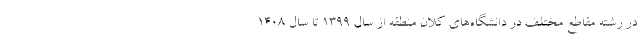
در رشته مقاطع مختلف در دانشگاه‌های کلان منطقه از سال ۱۳۹۹ تا سال ۱۴۰۸